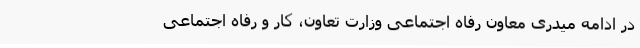
در ادامه میدری معاون رفاه اجتماعی وزارت تعاون، کار و رفاه اجتماعی